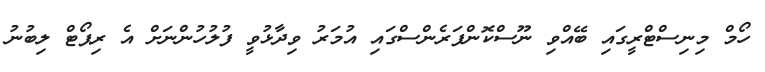
ހޯމް މިނިސްޓްރީގައި ބޭއްވި ނޫސްކޮންފަރެންސްގައި އުމަރު ވިދާޅުވީ ފުލުހުންނަށް އެ ރިޕޯޓް ލިބުނު